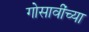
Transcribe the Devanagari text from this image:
गोसावींच्या